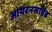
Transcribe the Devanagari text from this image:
आयरनसाईड